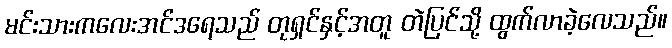
မင်းသားကလေးအင်ဒရေသည် တုရှင်နှင့်အတူ တဲပြင်သို့ ထွက်လာခဲ့လေသည်။